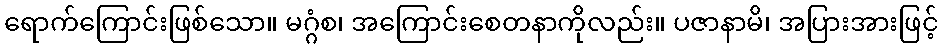
ရောက်ကြောင်းဖြစ်သော။ မဂ္ဂံစ၊ အကြောင်းစေတနာကိုလည်း။ ပဇာနာမိ၊ အပြားအားဖြင့်